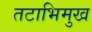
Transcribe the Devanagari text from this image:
तटाभिमुख